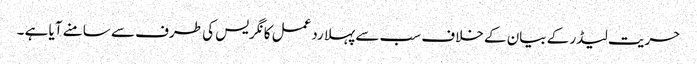
حریت لیڈر کے بیان کے خلاف سب سے پہلا ردعمل کانگریس کی طرف سے سامنے آیا ہے ۔